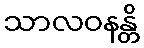
သာလဝနန္တိ